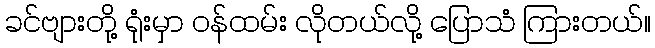
ခင်ဗျားတို့ ရုံးမှာ ဝန်ထမ်း လိုတယ်လို့ ပြောသံ ကြားတယ်။